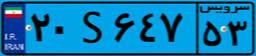
۴۱S۴۰۹۴۲